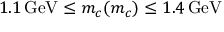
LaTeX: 1 . 1 \, \mathrm { G e V } \le m _ { c } ( m _ { c } ) \le 1 . 4 \, \mathrm { G e V }